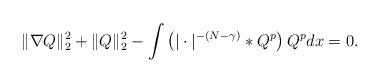
LaTeX: \begin{align*}\| \nabla Q \|_2^2 + \| Q \|_2^2 - \int \left( |\cdot|^{-(N-\gamma)}* Q^p \right)Q^p dx =0.\end{align*}